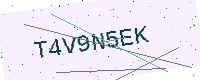
Text: T4V9N5EK